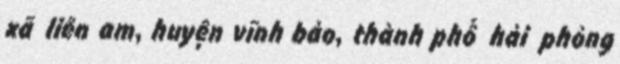
xã liên am, huyện vĩnh bảo, thành phố hải phòng